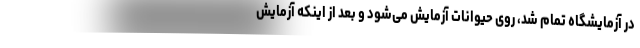
در آزمایشگاه تمام شد، روی حیوانات آزمایش می‌شود و بعد از اینکه آزمایش